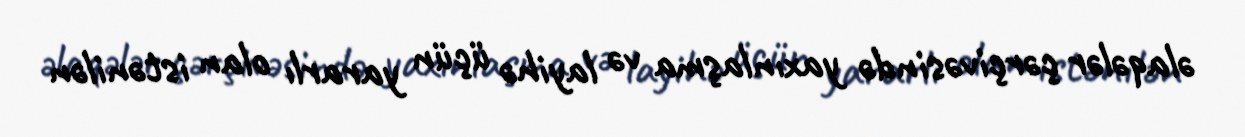
əlaqələr çərçivəsində yaxınlaşma və layihə üçün yararlı olan istənilən